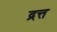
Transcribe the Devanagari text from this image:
द्रत्त